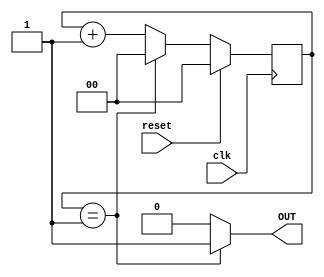
module generator
#(
        parameter delay = 2
)
(
        input  wire clk,
        input  wire reset,
        output wire OUT
);

reg [$clog2(delay):0] counter;


always @(posedge clk) begin
        if (reset) begin
                counter <= 0;
        end
        else begin
                if (counter == delay - 1) begin
                        counter <= 0;
                end
                else counter <= counter + 1;
        end
end
assign OUT = (counter == delay - 1) ? 1 : 0;

endmodule